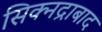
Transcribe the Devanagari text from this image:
सिक्नद्राबाद